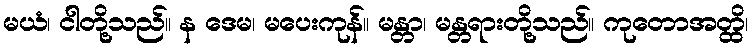
မယံ၊ ငါတို့သည်။ န ဒေမ၊ မပေးကုန်။ မန္တာ၊ မန္တရားတို့သည်။ ကုတောအတ္ထိ၊